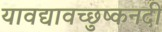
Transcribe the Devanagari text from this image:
यावद्यावच्छुष्कनदी